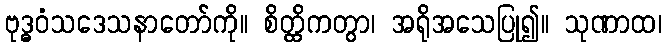
ဗုဒ္ဓဝံသဒေသနာတော်ကို။ စိတ္ထိကတွာ၊ အရိုအသေပြု၍။ သုဏာထ၊